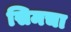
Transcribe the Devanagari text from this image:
सिमचा